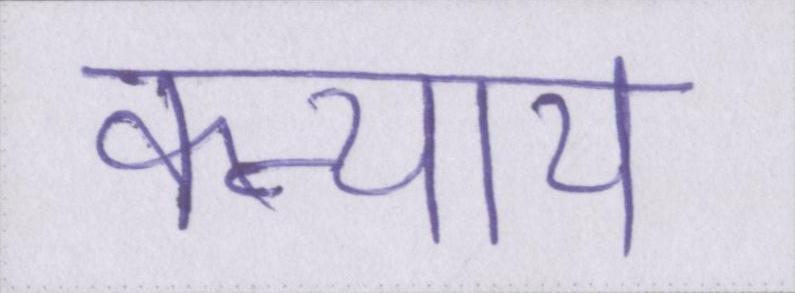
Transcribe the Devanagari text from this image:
कन्याय